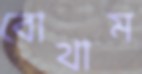
বোথাম